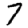
Digit: 7